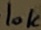
Text: 10K